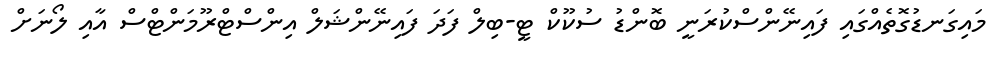
މައިގަނޑުގޮތެއްގައި ފައިނޭންސްކުރަނީ ބޮންޑު ސުކޫކް ޓީ-ބިލް ފަދަ ފައިނޭންޝަލް އިންސްޓްރޫމަންޓްސް އާއި ލޯނަށް